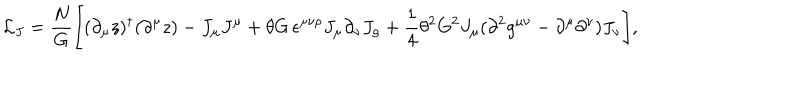
{ \cal L } _ { J } = \frac { N } { G } \Biggl [ ( \partial _ { \mu } z ) ^ { \dagger } ( \partial ^ { \mu } z ) - J _ { \mu } J ^ { \mu } + \theta G \, \epsilon ^ { \mu \nu \rho } J _ { \mu } \partial _ { \nu } J _ { \rho } + \frac { 1 } { 4 } \theta ^ { 2 } G ^ { 2 } J _ { \mu } ( \partial ^ { 2 } g ^ { \mu \nu } - \partial ^ { \mu } \partial ^ { \nu } ) J _ { \nu } \Biggr ] ,